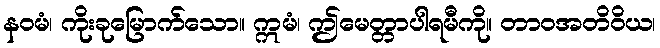
နဝမံ၊ ကိုးခုမြောက်သော။ ဣမံ၊ ဤမေတ္တာပါရမီကို။ တာဝအတိဝိယ၊